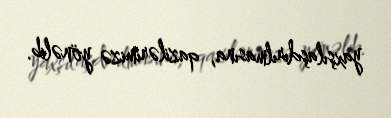
yaxşılaşdırılmasına, qazilərimizə yönəlib.